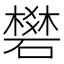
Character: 𥖎